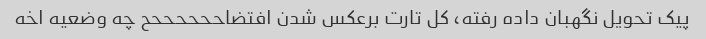
پیک تحویل نگهبان داده رفته، کل تارت برعکس شدن افتضاححححححح چه وضعیه اخه